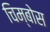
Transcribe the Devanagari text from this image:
चिम्बोस